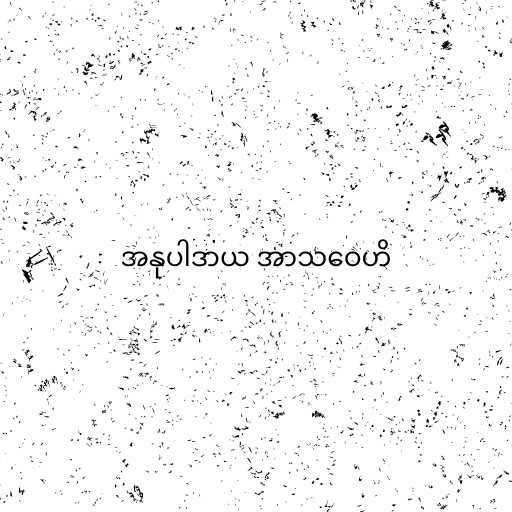
အနုပါဒာယ အာသဝေဟိ